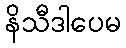
နိသီဒါပေမ